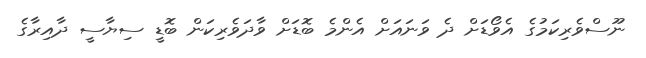
ނޫސްވެރިކަމުގެ އެވޯޑަށް ދެ ވަނައަށް އެންމެ ބޮޑަށް ވާދަވެރިކަން ބޮޑީ ސިޔާސީ ދާއިރާގެ